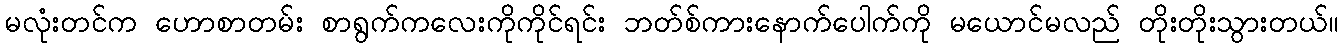
မလုံးတင်က ဟောစာတမ်း စာရွက်ကလေးကိုကိုင်ရင်း ဘတ်စ်ကားနောက်ပေါက်ကို မယောင်မလည် တိုးတိုးသွားတယ်။